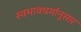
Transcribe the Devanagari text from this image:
स्वभावधर्मानुसार